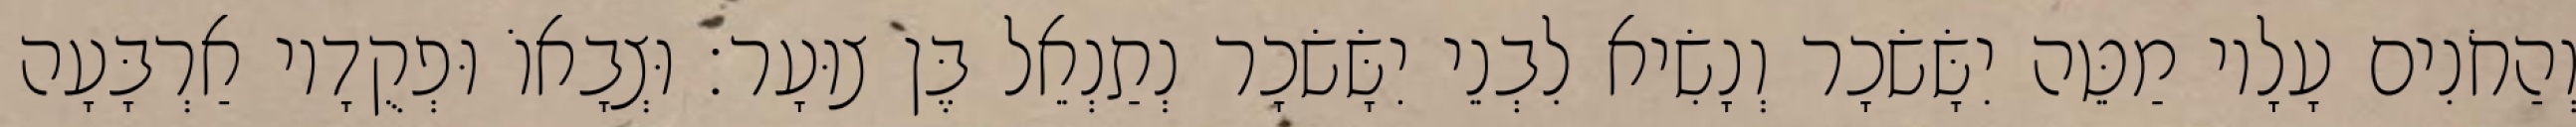
וְהַחֹנִים עָלָיו מַטֵּה יִשָּׂשׂכָר וְנָשִׂיא לִבְנֵי יִשָּׂשׂכָר נְתַנְאֵל בֶּן צוּעָר׃ וּצְבָאוֹ וּפְקֻדָיו אַרְבָּעָה